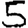
Digit: 5